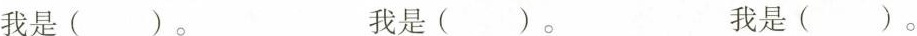
我是()。 我是()。 我是()。